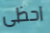
احظى